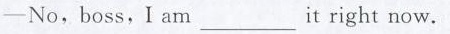
-No, boss,I am ___ it right now.